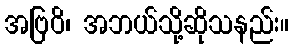
အဗြဝိ၊ အဘယ်သို့ဆိုသနည်း။